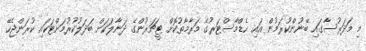
މި މަދަރުސާގައި ބޭނުންކުރަމުން އައި ހެޑްމާސްޓަރުގެ މަރާމާތުކޮށް ޓީޗަރުންގެ ދަނާލަކަށް ބަދަލުކުރުމަށްޓަކައި ކުރަންޖެހޭ